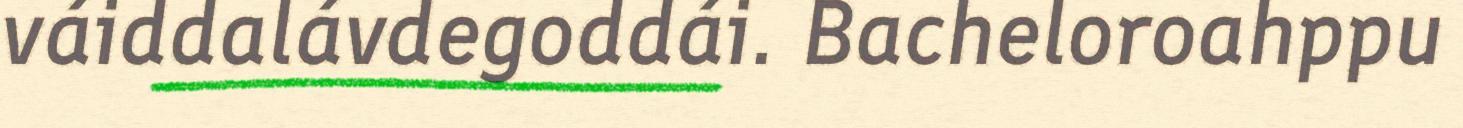
váiddalávdegoddái. Bacheloroahppu